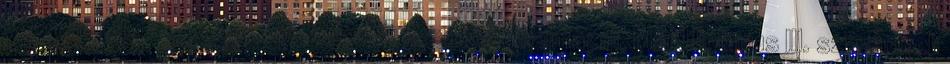
végrehajtás kegyetlen módozatait kezdték alkalmazni. Már Ulpianus III. századbeli